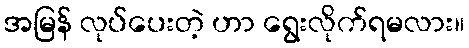
အမြန် လုပ်ပေးတဲ့ ဟာ ရွေးလိုက်ရမလား။